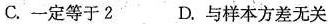
C. 一定等于2 D.与样本方差无关